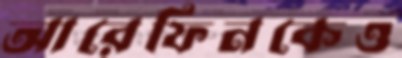
আরেফিনকেও